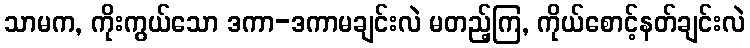
သာမက, ကိုးကွယ်သော ဒကာ-ဒကာမချင်းလဲ မတည့်ကြ, ကိုယ်စောင့်နတ်ချင်းလဲ